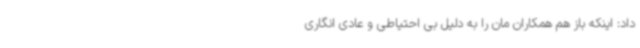
داد: اینکه باز هم همکاران مان را به دلیل بی احتیاطی و عادی انگاری